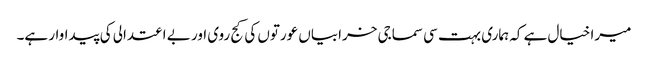
میرا خیال ہے کہ ہماری بہت سی سماجی خرابیاں عورتوں کی کج روی اور بے اعتدالی کی پیداوار ہے۔